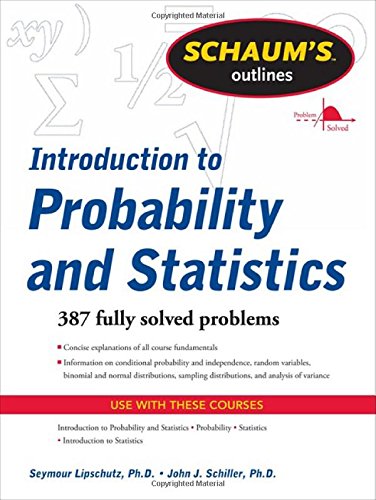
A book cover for Schaum's Outline of Introduction to Probability and Statistics (Schaum's Outlines); Seymour Lipschutz; Science & Math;